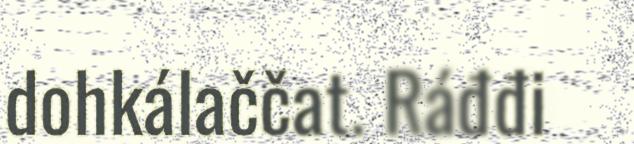
dohkálaččat. Ráđđi